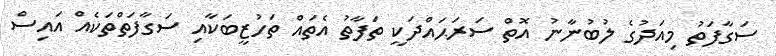
ސަގާފަތު މިއަދުގެ ލުބުނާނު އޮތް ސަރަޙައްދަކީ ތަފާތު އެތައް ތަހުޒީބަކާއި ސަގާފަތްތަކެއް އައިސް